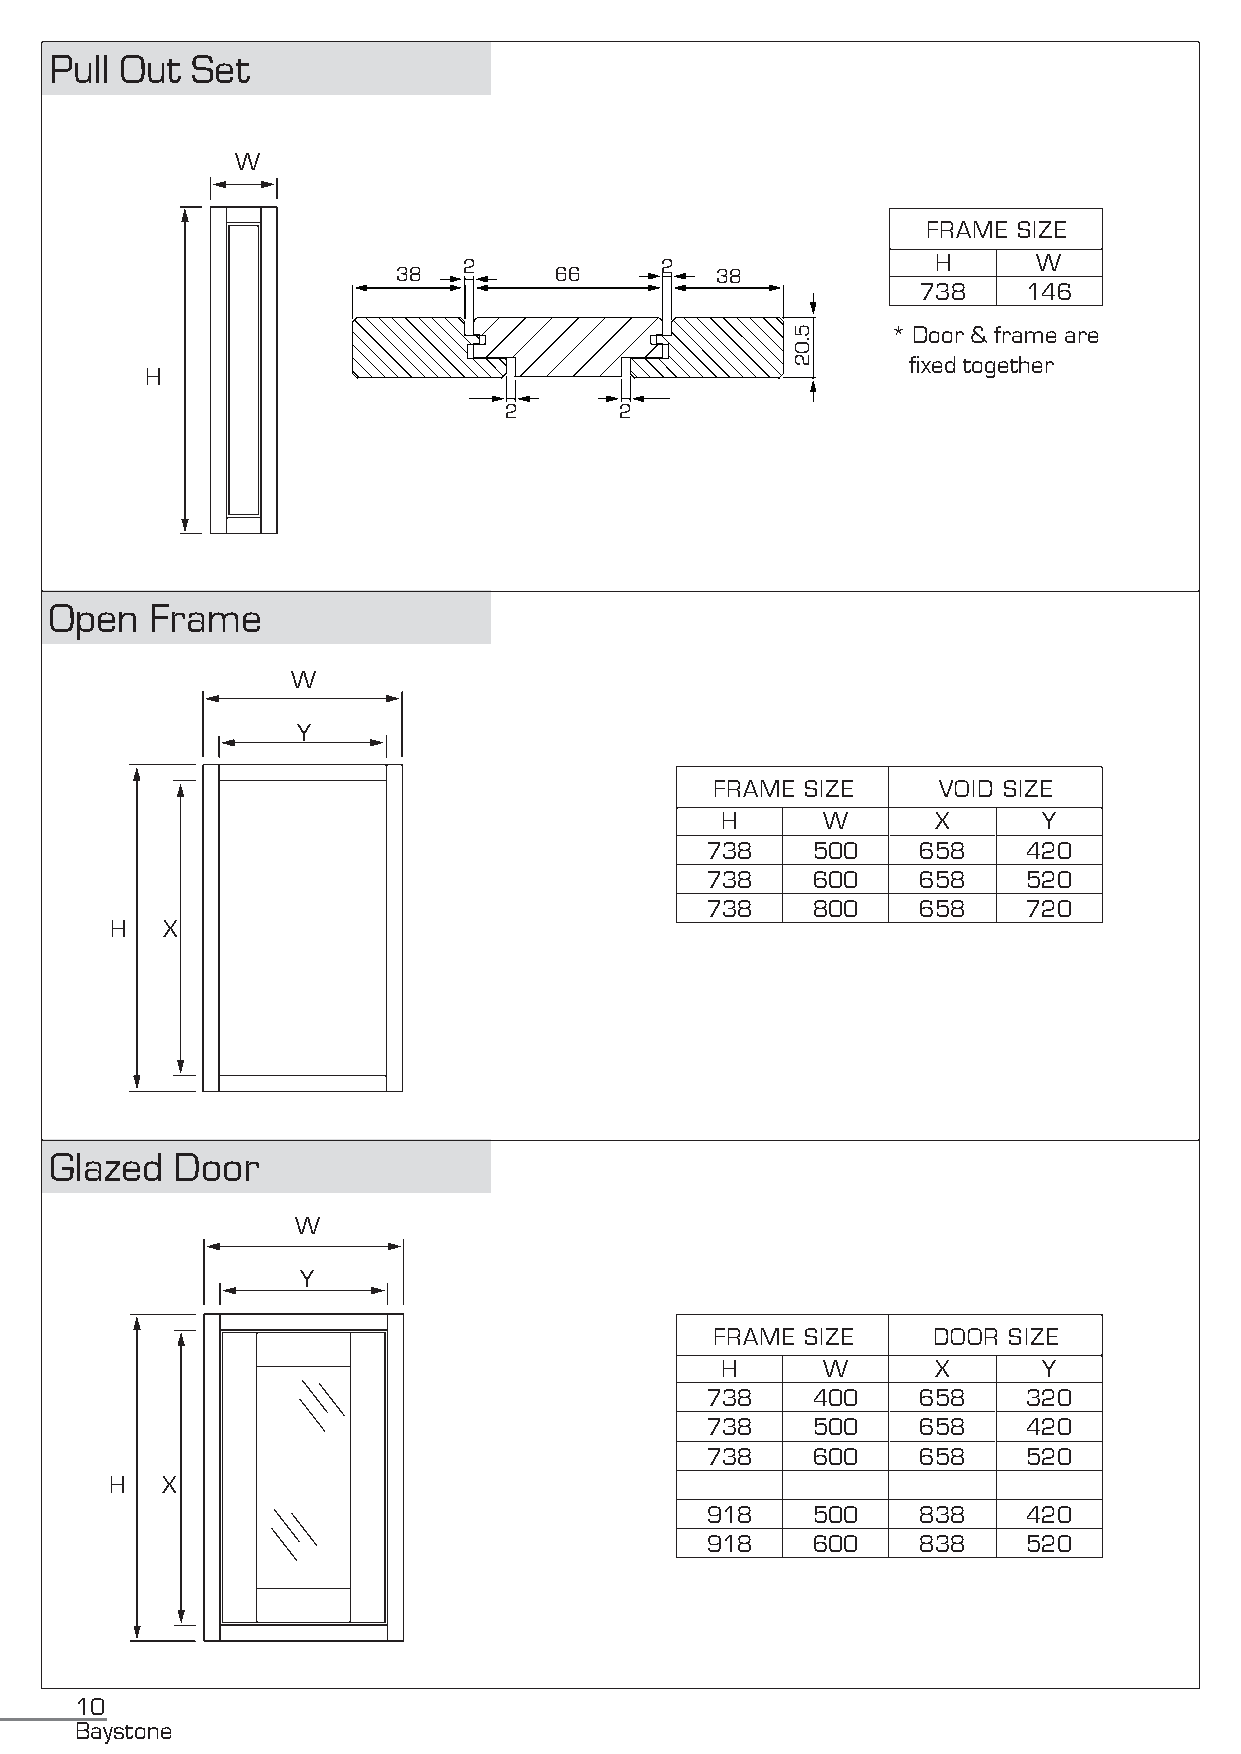
Pull Out  Set
 W
 FRAME SIZE
 2            2                 H      W
 38         66        38
 738    146
 * Door & frame are
 fixed together
 H
 2       2
 Open   Frame
 W
 Y
 FRAME SIZE     VOID SIZE
 H     W       X      Y
 738    500    658    420
 738    600    658    520
 738    800    658    720
 H   X
 Glazed  Door
 W
 Y
 FRAME SIZE     DOOR SIZE
 H     W       X      Y
 738    400    658    320
 738    500    658    420
 738    600    658    520
 H   X
 918    500    838    420
 918    600    838    520
 10
 Baystone
 5.02